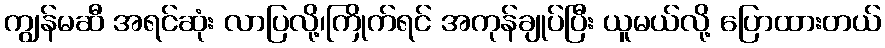
ကျွန်မဆီ အရင်ဆုံး လာပြလို့၊ကြိုက်ရင် အကုန်ချုပ်ပြီး ယူမယ်လို့ ပြောထားတယ်